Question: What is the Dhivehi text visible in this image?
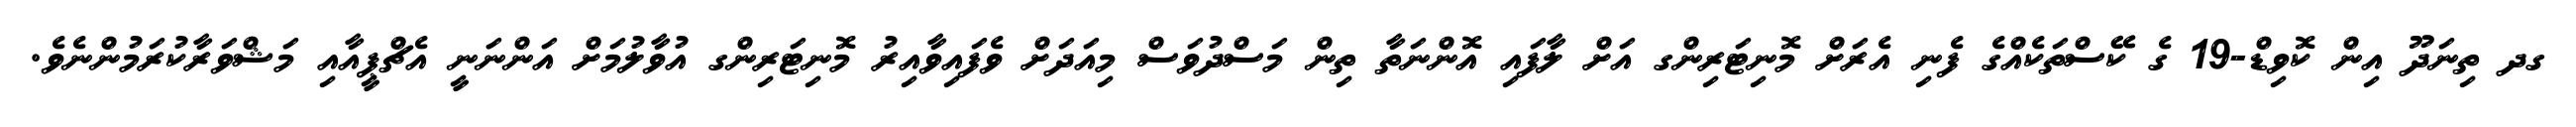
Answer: ގދ ތިނަދޫ އިން ކޮވިޑް-19 ގެ ކޭސްތަކެއްގެ ފެނި އެރަށް މޮނިޓަރިންގ އަށް ލާފައި އޮންނަތާ ތިން މަސްދުވަސް މިއަދަށް ވެފައިވާއިރު މޮނިޓަރިންގ އުވާލުމަށް އަންނަނީ އެޗްޕީއާއި މަޝްވަރާކުރަމުންނެވެ.